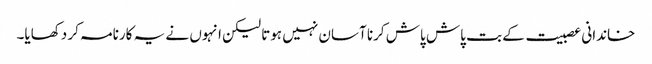
خاندانی عصبیت کے بت پاش پاش کرنا آسان نہیں ہوتا لیکن انہوں نے یہ کارنامہ کر دکھایا۔